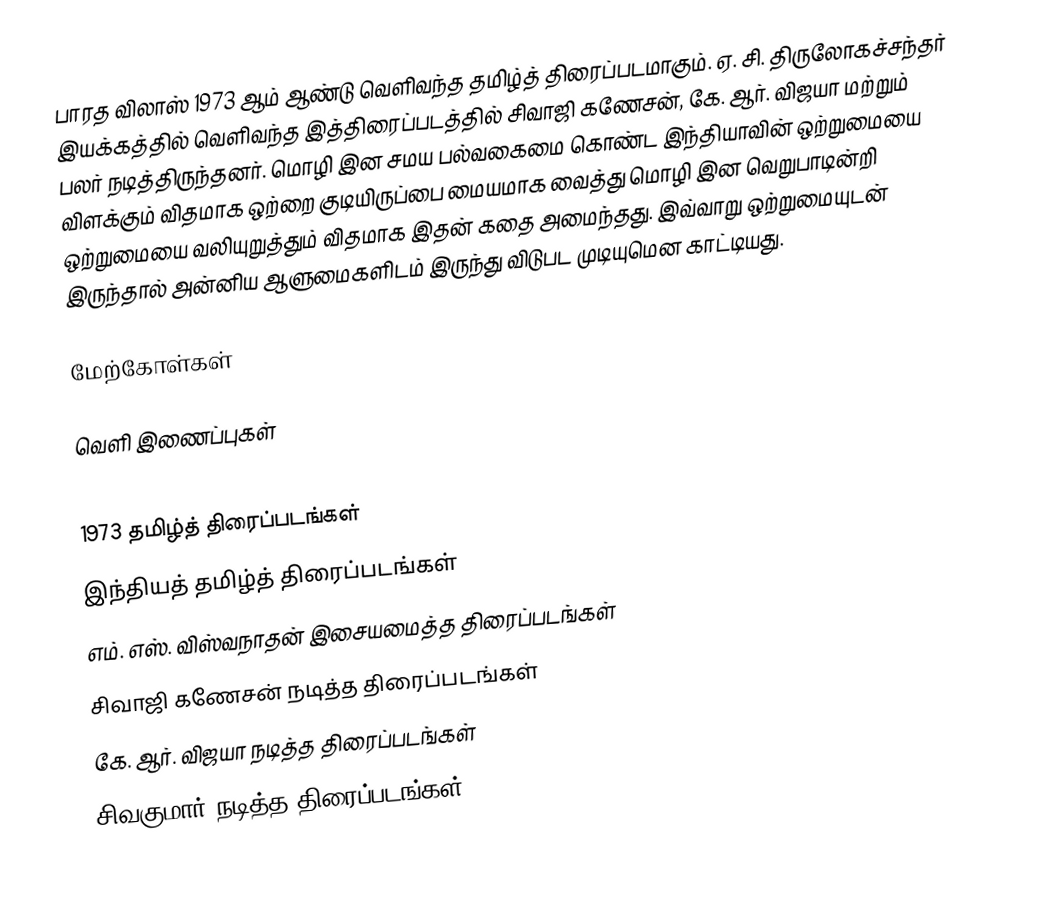
பாரத விலாஸ் 1973 ஆம் ஆண்டு வெளிவந்த தமிழ்த் திரைப்படமாகும். ஏ. சி. திருலோகச்சந்தர் இயக்கத்தில் வெளிவந்த இத்திரைப்படத்தில் சிவாஜி கணேசன், கே. ஆர். விஜயா மற்றும் பலர் நடித்திருந்தனர். மொழி இன சமய பல்வகைமை கொண்ட இந்தியாவின் ஒற்றுமையை விளக்கும் விதமாக ஒற்றை குடியிருப்பை மையமாக வைத்து மொழி இன வெறுபாடின்றி ஒற்றுமையை வலியுறுத்தும் விதமாக இதன் கதை அமைந்தது. இவ்வாறு ஒற்றுமையுடன் இருந்தால் அன்னிய ஆளுமைகளிடம் இருந்து விடுபட முடியுமென காட்டியது.

மேற்கோள்கள்

வெளி இணைப்புகள்

1973 தமிழ்த் திரைப்படங்கள்
இந்தியத் தமிழ்த் திரைப்படங்கள்
எம். எஸ். விஸ்வநாதன் இசையமைத்த திரைப்படங்கள்
சிவாஜி கணேசன் நடித்த திரைப்படங்கள்
கே. ஆர். விஜயா நடித்த திரைப்படங்கள்
சிவகுமார் நடித்த திரைப்படங்கள்